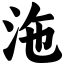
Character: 沲